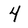
Character: 4